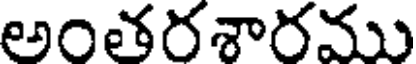
అంతరశారము